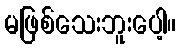
မဖြစ်သေးဘူးပေါ့။